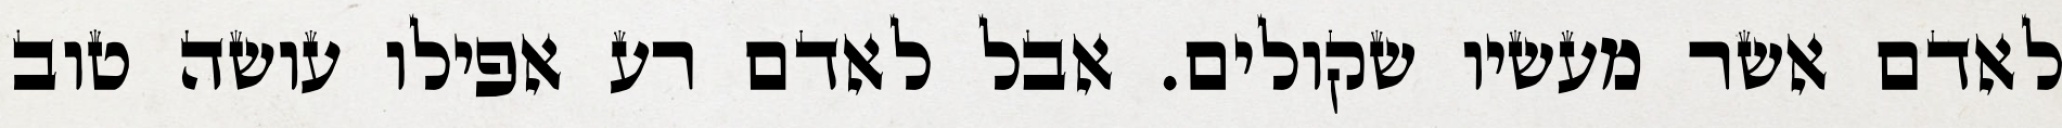
לאדם אשר מעשיו שקולים. אבל לאדם רע אפילו עושה טוב